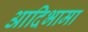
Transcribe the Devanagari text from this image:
आदिभामा